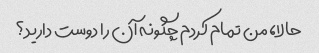
حالا، من تمام کردم چگونه آن را دوست دارید؟